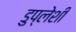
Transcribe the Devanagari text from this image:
डुप्लेशी